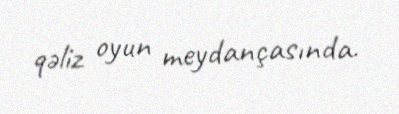
qəliz oyun meydançasında.